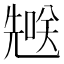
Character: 𪞄